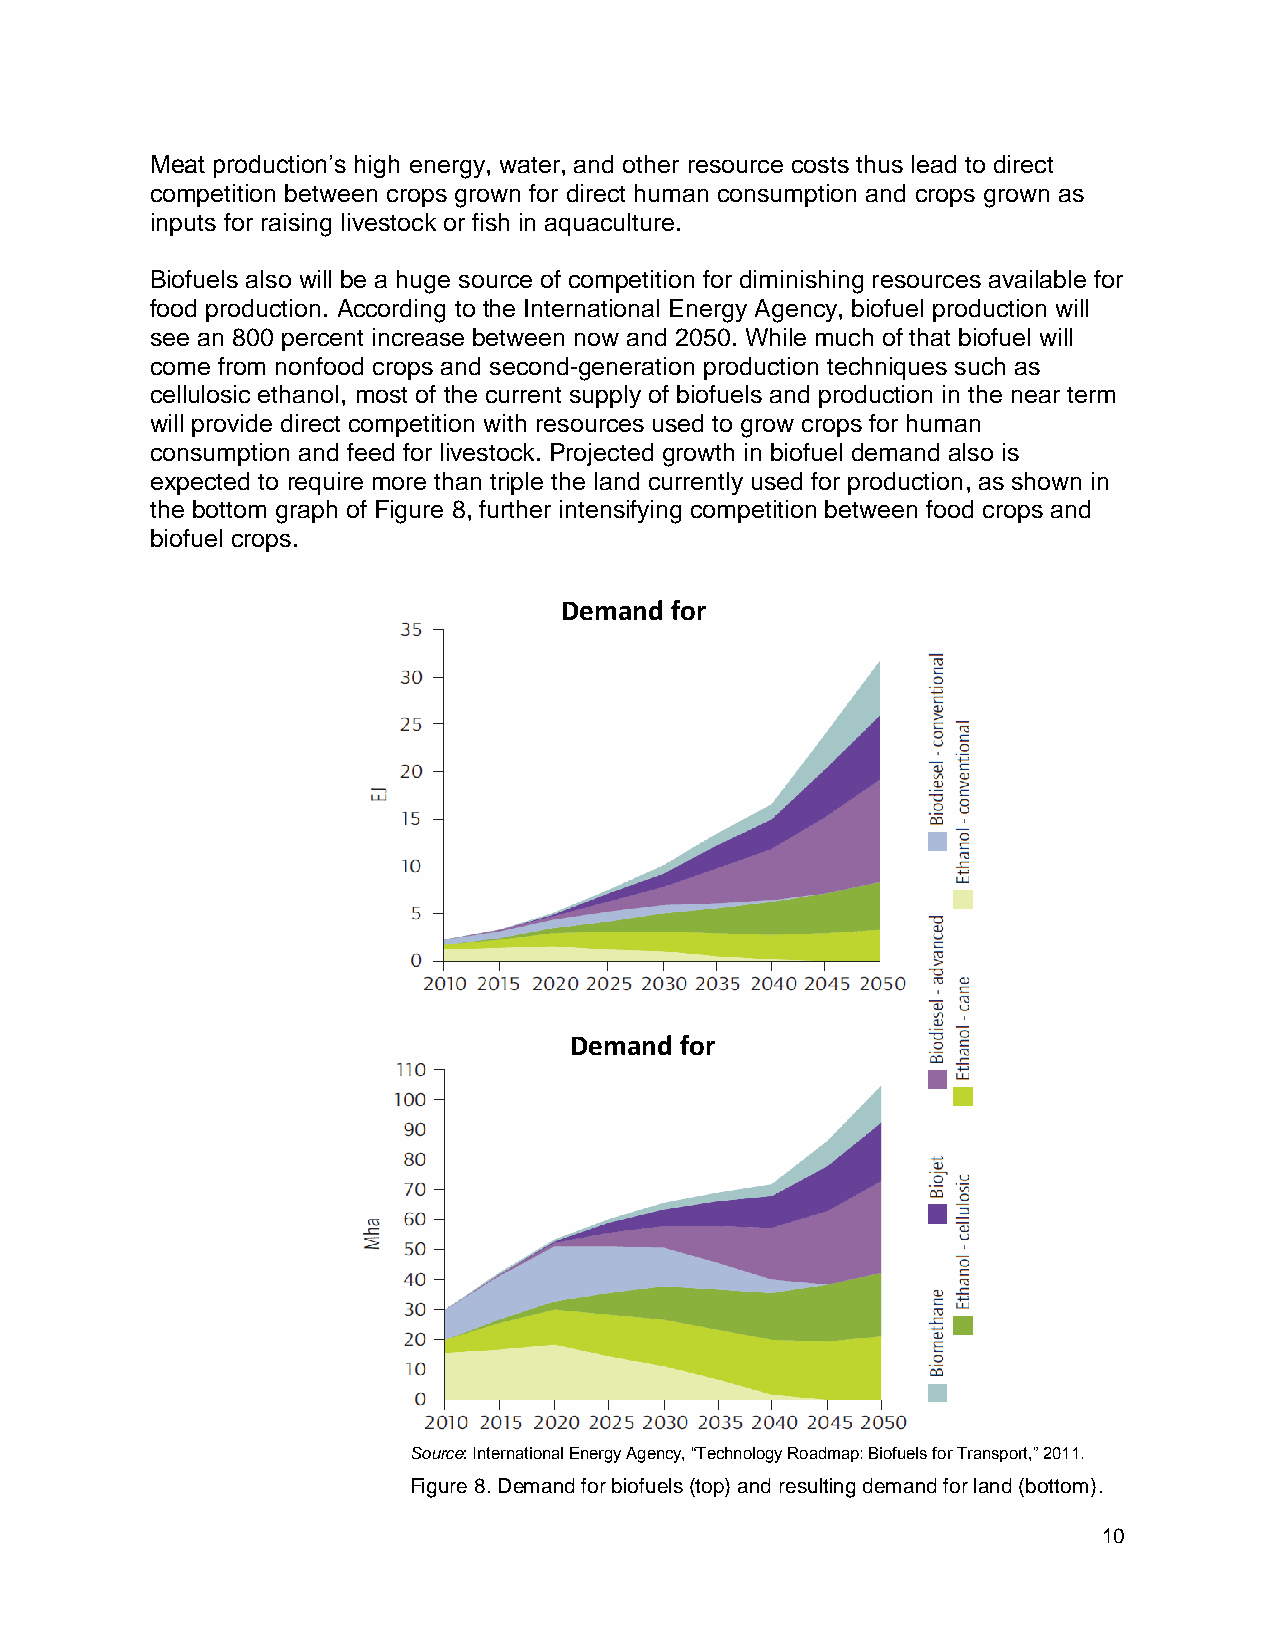
Meat production’s high energy, water, and other resource costs thus lead to direct
 competition between crops grown for direct human consumption and crops grown as
 inputs for raising livestock or fish in aquaculture.
 Biofuels also will be a huge source of competition for diminishing resources available for
 food production. According to the International Energy Agency, biofuel production will
 see an 800 percent increase between now and 2050. While much of that biofuel will
 come from nonfood crops and second-generation production techniques such as
 cellulosic ethanol, most of the current supply of biofuels and production in the near term
 will provide direct competition with resources used to grow crops for human
 consumption and feed for livestock. Projected growth in biofuel demand also is
 expected to require more than triple the land currently used for production, as shown in
 the bottom graph of Figure 8, further intensifying competition between food crops and
 biofuel crops.
 Demand for
 Demand for
 Source: International Energy Agency, “Technology Roadmap: Biofuels for Transport,” 2011.
 Figure 8. Demand for biofuels (top) and resulting demand for land (bottom).
 10